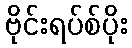
ဗိုင်းရပ်စ်ပိုး